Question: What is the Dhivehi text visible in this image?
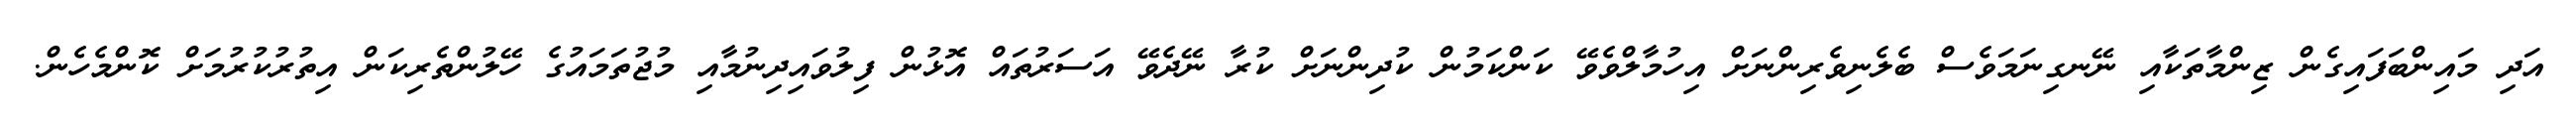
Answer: އަދި މައިންބަފައިގެން ޒިންމާތަކާއި ނޭނގިނަމަވެސް ބެލެނިވެރިންނަށް އިހުމާލްވެވޭ ކަންކަމުން ކުދިންނަށް ކުރާ ނޭދެވޭ އަސަރުތައް އޮޅުން ފިލުވައިދިނުމާއި މުޖުތަމައުގެ ހޭލުންތެރިކަން އިތުރުކުރުމަށް ކޮންމެހެން.